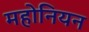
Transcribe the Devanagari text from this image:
महोनियन